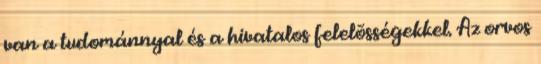
van a tudománnyal és a hivatalos felelõsségekkel. Az orvos